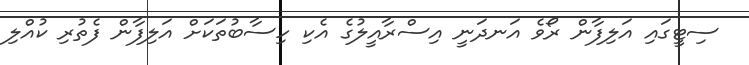
ސިޓީގައި އަލިފާން ރޯވެ އަނދަނީ އިސްރާއީލުގެ އެކި ހިސާބުތަކަށް އަލިފާން ފެތުރި ކުއްލި